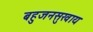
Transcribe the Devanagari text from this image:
बहुजनसुखाय